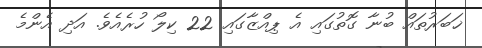
ޚަބަރުތައް ބުނާ ގޮތުގައި އެ ޕިއްޒާގައި 22 ކިލޯ ހުރެއެވެ. އަދި އެންމެ